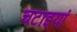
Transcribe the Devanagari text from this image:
चटाइयां